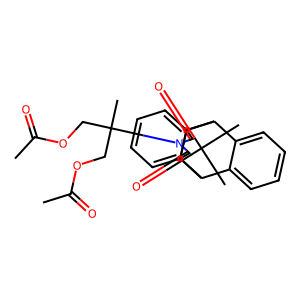
SMILES: CC(=O)OCC(C)(COC(C)=O)N1C(=O)C2C3c4ccccc4C(c4ccccc43)C2C1=O
Inhibits HIV replication: No